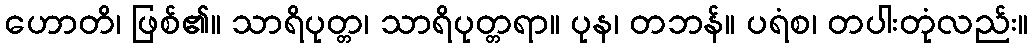
ဟောတိ၊ ဖြစ်၏။ သာရိပုတ္တ၊ သာရိပုတ္တရာ။ ပုန၊ တဘန်။ ပရံစ၊ တပါးတုံလည်း။